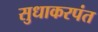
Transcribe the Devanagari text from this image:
सुधाकरपंत